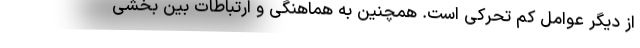
از دیگر عوامل کم تحرکی است. همچنین به هماهنگی و ارتباطات بین بخشی